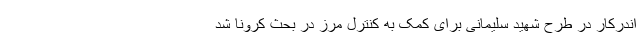
اندرکار در طرح شهید سلیمانی برای کمک به کنترل مرز در بحث کرونا شد